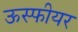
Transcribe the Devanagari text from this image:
ऊस्फीयर